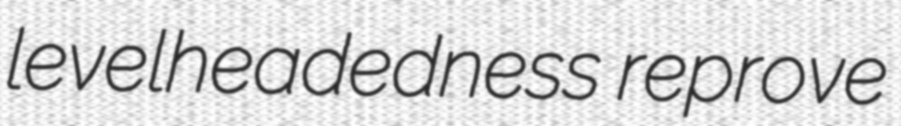
levelheadedness reprove